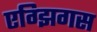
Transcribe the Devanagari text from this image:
एग्झिगस